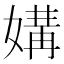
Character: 媾